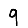
Digit: 9